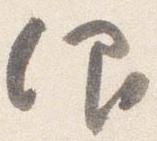
仰